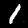
Digit: 1